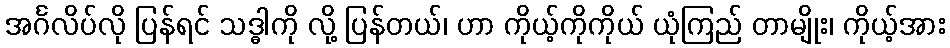
အင်္ဂလိပ်လို ပြန်ရင် သဒ္ဓါကို လို့ ပြန်တယ်၊ ဟာ ကိုယ့်ကိုကိုယ် ယုံကြည် တာမျိုး၊ ကိုယ့်အား